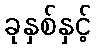
ခုနှစ်နှင့်